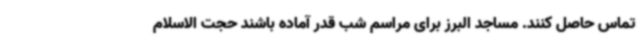
تماس حاصل کنند. مساجد البرز برای مراسم شب قدر آماده باشند حجت الاسلام